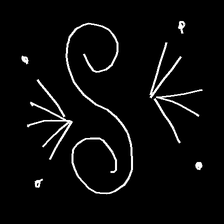
Glyph: aeroform